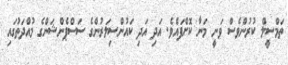
ތަމްސީލް ކުރުންވެސް ވަނީ މަނާ ކޮށްފައެވެ. އަދި އަދި ކައުންސިލަރުންގެ ސަސްޕެންޝަންގެ މުއްދަތުގައި